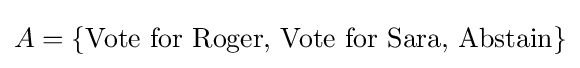
A=\{{\text{Vote for Roger, Vote for Sara, Abstain}}\}